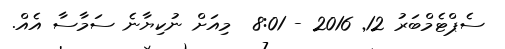
ސެޕްޓެމްބަރު 12